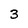
Character: 3